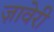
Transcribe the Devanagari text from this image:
ज़ावेरी